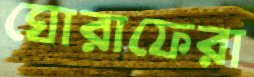
ঘোরাফেরা